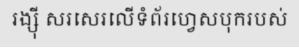
រង្ស៊ី សរសេរលើទំព័រហ្វេសបុករបស់